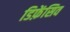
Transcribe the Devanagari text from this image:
डिफ़ेंसिव